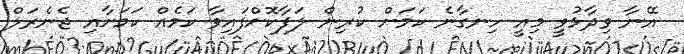
އޭނާ ވިދާޅުވީ މިއީ ހިނގާނެ ކަމަށް ކުރިން ލަފާކޮށްފައިވާ ކަމެއް ކަމަށާއި ޖެނެރަލް